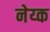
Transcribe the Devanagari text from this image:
नेय्क